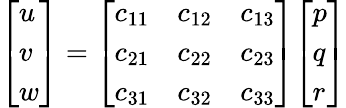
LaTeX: {\left[\begin{array}{l}{u}\\ {v}\\ {w}\end{array}\right]}={\left[\begin{array}{lll}{c_{11}}&{c_{12}}&{c_{13}}\\ {c_{21}}&{c_{22}}&{c_{23}}\\ {c_{31}}&{c_{32}}&{c_{33}}\end{array}\right]}{\left[\begin{array}{l}{p}\\ {q}\\ {r}\end{array}\right]}